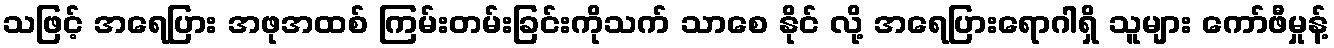
သဖြင့် အရေပြား အဖုအထစ် ကြမ်းတမ်းခြင်းကိုသက် သာစေ နိုင် လို့ အရေပြားရောဂါရှိ သူများ ကော်ဖီမှုန့်